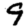
Digit: 9